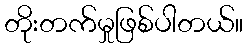
တိုးတက်မှုဖြစ်ပါတယ်။